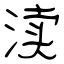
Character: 渎